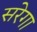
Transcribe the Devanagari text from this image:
सरेगा